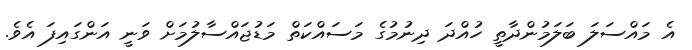
އެ މައްސަލަ ބަލަމުންދާތީ ހުއްދަ ދިނުމުގެ މަސައްކަތް މަޑުޖައްސާލުމަށް ވަނީ އަންގައިފަ އެވެ.